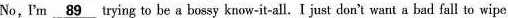
No ,I'm . \underline{89} trying to be a bossy know-it-all. I just don't want a bad fall to wipe